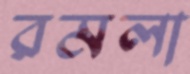
রমলা